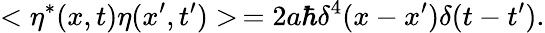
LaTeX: <\eta^{*}(x,t)\eta(x^{\prime},t^{\prime})>\, =2a\hbar\delta^{4}(x-x^{\prime})\delta(t-t^{\prime}).